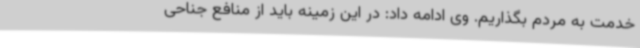
خدمت به مردم بگذاریم. وی ادامه داد: در این زمینه باید از منافع جناحی